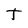
Character: t